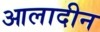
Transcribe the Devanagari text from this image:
आलादीन